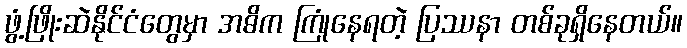
ဖွံ့ဖြိုးဆဲနိုင်ငံတွေမှာ အဓိက ကြုံနေရတဲ့ ပြဿနာ တစ်ခုရှိနေတယ်။